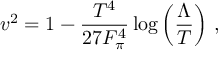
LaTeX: v ^ { 2 } = 1 - \frac { T ^ { 4 } } { 2 7 F _ { \pi } ^ { 4 } } \log \left( \frac { \Lambda } { T } \right) \, ,